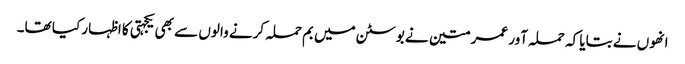
انھوں نے بتایا کہ حملہ آور عمر متین نے بوسٹن میں بم حملہ کرنے والوں سے بھی یکجہتی کا اظہار کیا تھا۔